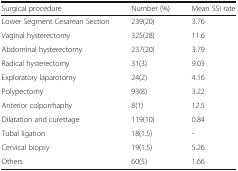
<table><thead><tr><td><b>Surgical procedure</b></td><td><b>Number (%)</b></td><td><b>Mean SSI rate</b></td></tr></thead><tbody><tr><td>Lower Segment Cesarean Section</td><td>239(20)</td><td>3.76</td></tr><tr><td>Vaginal hysterectomy</td><td>325(28)</td><td>11.6</td></tr><tr><td>Abdominal hysterectomy</td><td>237(20)</td><td>3.79</td></tr><tr><td>Radical hysterectomy</td><td>31(3)</td><td>9.03</td></tr><tr><td>Exploratory laparotomy</td><td>24(2)</td><td>4.16</td></tr><tr><td>Polypectomy</td><td>93(8)</td><td>3.22</td></tr><tr><td>Anterior colporrhaphy</td><td>8(1)</td><td>12.5</td></tr><tr><td>Dilatation and curettage</td><td>119(10)</td><td>0.84</td></tr><tr><td>Tubal ligation</td><td>18(1.5)</td><td>-</td></tr><tr><td>Cervical biopsy</td><td>19(1.5)</td><td>5.26</td></tr><tr><td>Others</td><td>60(5)</td><td>1.66</td></tr></tbody></table>